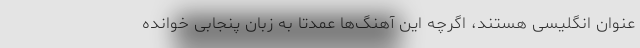
عنوان انگلیسی هستند، اگرچه این آهنگ‌ها عمدتاً به زبان پنجابی خوانده